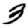
Digit: 3